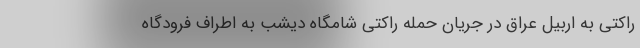
راکتی به اربیل عراق در جریان حمله راکتی شامگاه دیشب به اطراف فرودگاه